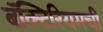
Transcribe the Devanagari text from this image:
बॅक्टिरियमची